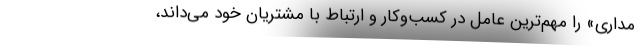
مداری» را ‌مهم‌ترین عامل در کسب‌وکار و ارتباط با مشتریان خود می‌داند،